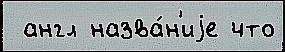
 англ назва́н'иjе что